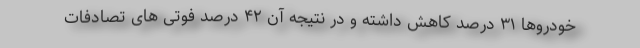
خودروها ۳۱ درصد کاهش داشته و در نتیجه آن ۴۲ درصد فوتی های تصادفات